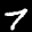
Label: 7